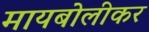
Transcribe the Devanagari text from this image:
मायबोलीकर